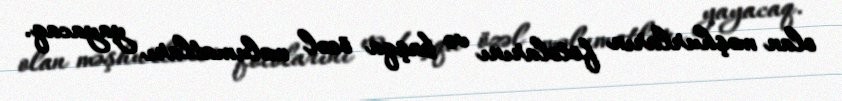
olan məşhurların fotolarını və başqa özəl məlumatları yayacaq.